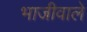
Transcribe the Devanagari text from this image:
भाजीवाले